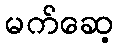
မက်ဆေ့